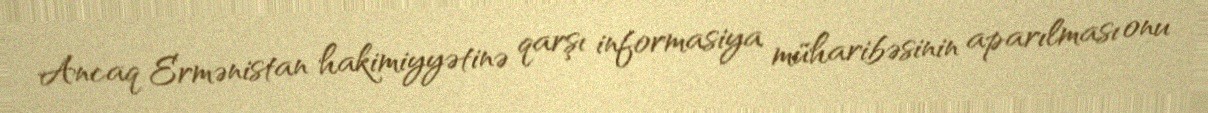
Ancaq Ermənistan hakimiyyətinə qarşı informasiya müharibəsinin aparılması onu